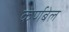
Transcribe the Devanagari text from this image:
कर्णबेल